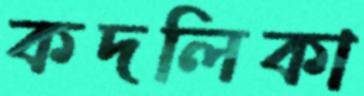
কদলিকা